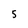
Character: 5